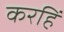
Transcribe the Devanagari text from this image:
करहिं